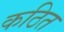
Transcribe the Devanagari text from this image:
कठित